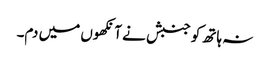
نہ ہاتھ کو جنبش نے آنکھوں میں دم۔